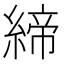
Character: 締